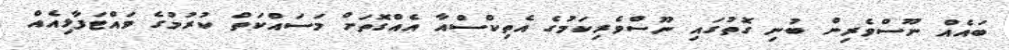
ބައެއް ނޫސްވެރިން ބުނި ގޮތުގައި ނޫސްވެރިކަމުގެ އެތިކްސްއާ އެއްގޮތަށް މަސައްކަތް ކުރުމުގެ ވައްޓަފާޅިއެއް